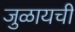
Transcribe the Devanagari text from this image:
जुळायची